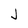
Character: J